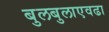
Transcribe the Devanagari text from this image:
बुलबुलाएवढा